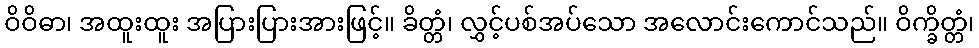
ဝိဝိဓာ၊ အထူးထူး အပြားပြားအားဖြင့်။ ခိတ္တံ၊ လွှင့်ပစ်အပ်သော အလောင်းကောင်သည်။ ဝိက္ခိတ္တံ၊